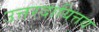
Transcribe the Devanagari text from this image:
उत्तरदायित्तव